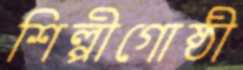
শিল্পীগোষ্ঠী